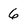
Character: 6